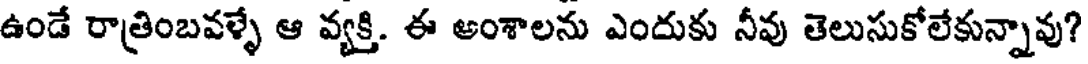
ఉండే రాత్రింబవళ్ళే ఆ వ్యక్తి. ఈ అంశాలను ఎందుకు నీవు తెలుసుకోలేకున్నావు?